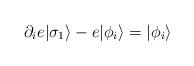
LaTeX: \begin{align*}\partial_{i} e | \sigma_{1} \rangle - e | \phi_i\rangle = | \phi_i \rangle \\\end{align*}